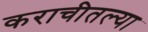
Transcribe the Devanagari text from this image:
कराचीतल्या